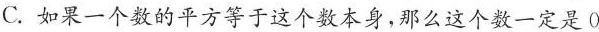
C.如果一个数的平方等于这个数本身，那么这个数一定是0